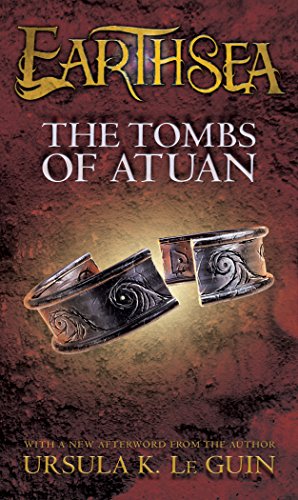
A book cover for The Tombs of Atuan (The Earthsea Cycle, Book 2); Ursula K. Le Guin; Teen & Young Adult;